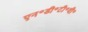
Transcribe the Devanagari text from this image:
एन॰डी॰टी॰वी॰